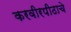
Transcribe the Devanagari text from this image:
करवीरपीठाचे